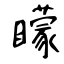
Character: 矇